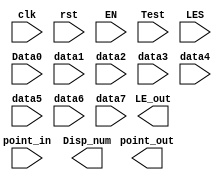
module Multi_8CH32(clk, rst, EN, Test, point_in, LES, Data0, data1, data2,
    data3, data4, data5, data6, data7, point_out, LE_out, Disp_num)
    /* synthesis syn_black_box black_box_pad_pin = "clk,rst,EN,Test[2:0],point_in[63:0],LES[63:0],Data0[31:0],data1[31:0],data2[31:0],data3[31:0],data4[31:0],data5[31:0],data6[31:0],data7[31:0],point_out[7:0],LE_out[7:0],Disp_num[31:0]" */;
     input clk;
     input rst;
     input EN;
     input [2:0]Test;
     input [63:0]point_in;
     input [63:0]LES;
     input [31:0]Data0;
     input [31:0]data1;
     input [31:0]data2;
     input [31:0]data3;
     input [31:0]data4;
     input [31:0]data5;
     input [31:0]data6;
     input [31:0]data7;
     output [7:0]point_out;
     output [7:0]LE_out;
     output [31:0]Disp_num;
     endmodule